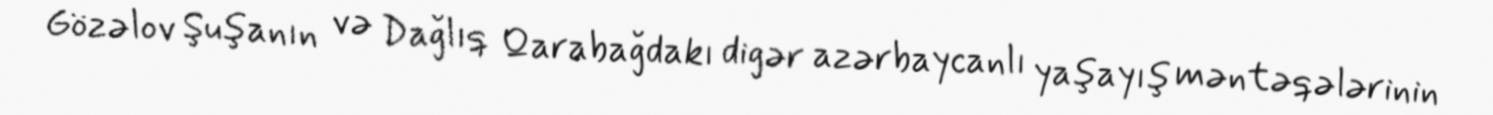
Gözəlov Şuşanın və Dağlıq Qarabağdakı digər azərbaycanlı yaşayış məntəqələrinin